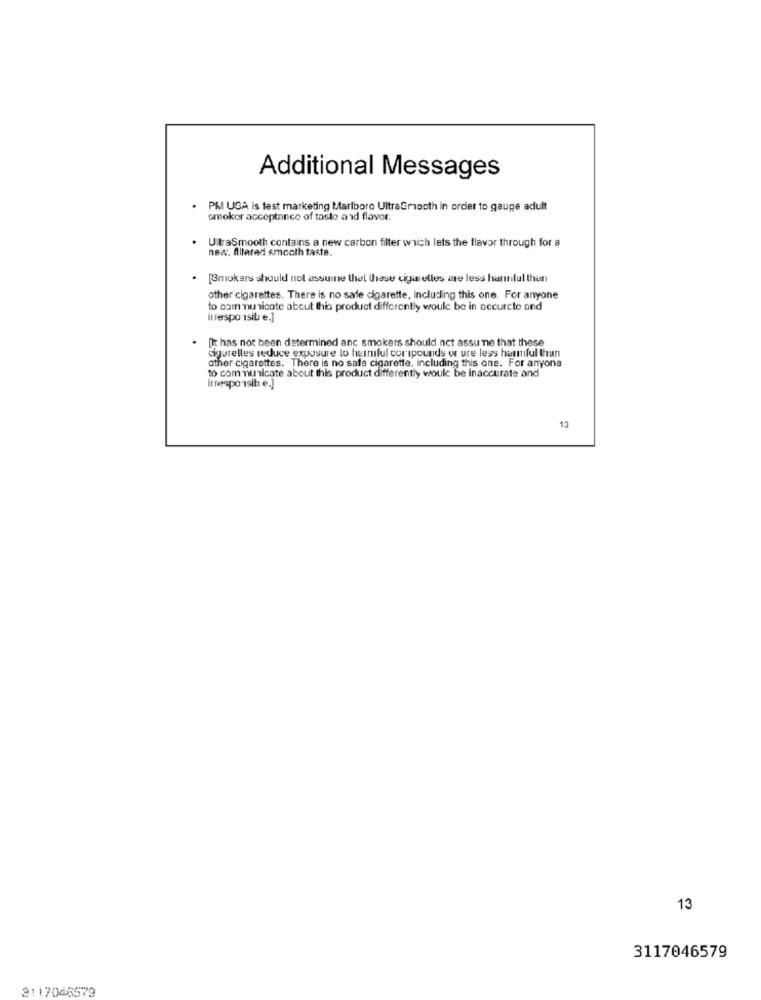
Additional Messages
PM UGA is test marketing Marlboro UltraSmooth in order to gauge adult
smoker acceptance of taste and flavor.
.
UltraSmooth contains a new carbon filter which lets the flavor through for a
new. Altered smooth taste.
.
[Smokers should not assume that these cigarelles are less harinilul then
other cigarettes. There is no safe cigarette, including this one. For anyone
to communicate about this product differently would be in accurcte and
itrespo isila e.]
[k has not been determined anc smokers should not assume that these
cigarelles reduce exposure to hermilul coripounds of ure less harmful Cran
other cigarettes. There is no safe cigarette, including this one. For anyone
to communicate about this product differently would be inaccurate and
Itresponsib e.]
13
13
3117046579
3117046579